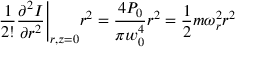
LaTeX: { \frac { 1 } { 2 ! } } { \frac { \partial ^ { 2 } I } { \partial r ^ { 2 } } } { \Biggr | } _ { r , z = 0 } r ^ { 2 } = { \frac { 4 P _ { 0 } } { \pi w _ { 0 } ^ { 4 } } } r ^ { 2 } = { \frac { 1 } { 2 } } m \omega _ { r } ^ { 2 } r ^ { 2 }